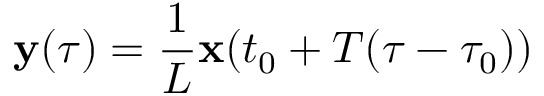
{ \mathbf y } ( \tau ) = \frac { 1 } { L } { \mathbf x } ( t _ { 0 } + T ( \tau - \tau _ { 0 } ) )